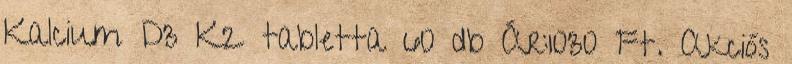
Kalcium D3 K2 tabletta 60 db Ár:1030 Ft. Akciós